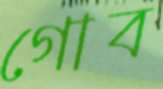
গোব